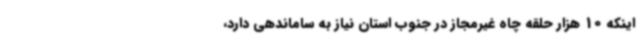
اینکه 10 هزار حلقه چاه غیرمجاز در جنوب استان نیاز به ساماندهی دارد،